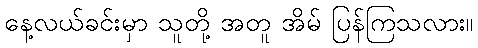
နေ့လယ်ခင်းမှာ သူတို့ အတူ အိမ် ပြန်ကြသလား။